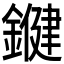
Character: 𨫡